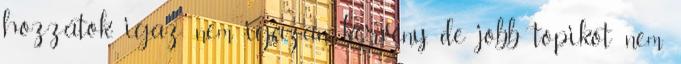
hozzátok, igaz nem igazán kérvény, de jobb topikot nem